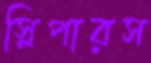
স্লিপারস